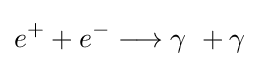
e^{+}+e^{-}\longrightarrow \gamma \ +\gamma